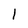
Character: 1